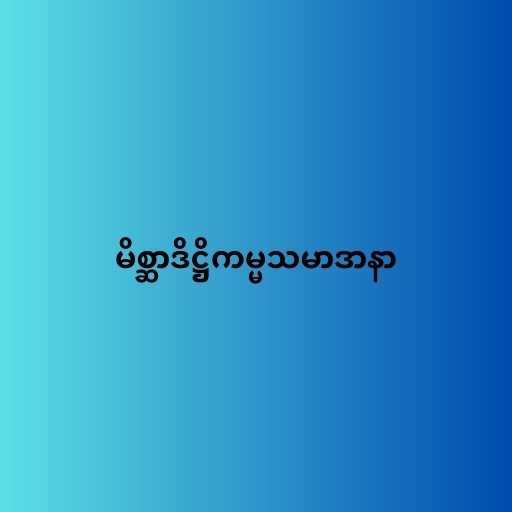
မိစ္ဆာဒိဋ္ဌိကမ္မသမာဒာနာ